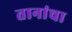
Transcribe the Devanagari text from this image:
तानांचा